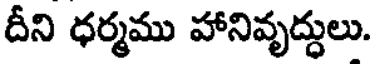
దీని ధర్మము హానివృద్ధులు.